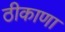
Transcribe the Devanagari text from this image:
ठीकाणा